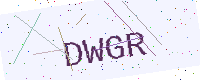
Text: DWGR